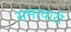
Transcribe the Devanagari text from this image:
समाचारो